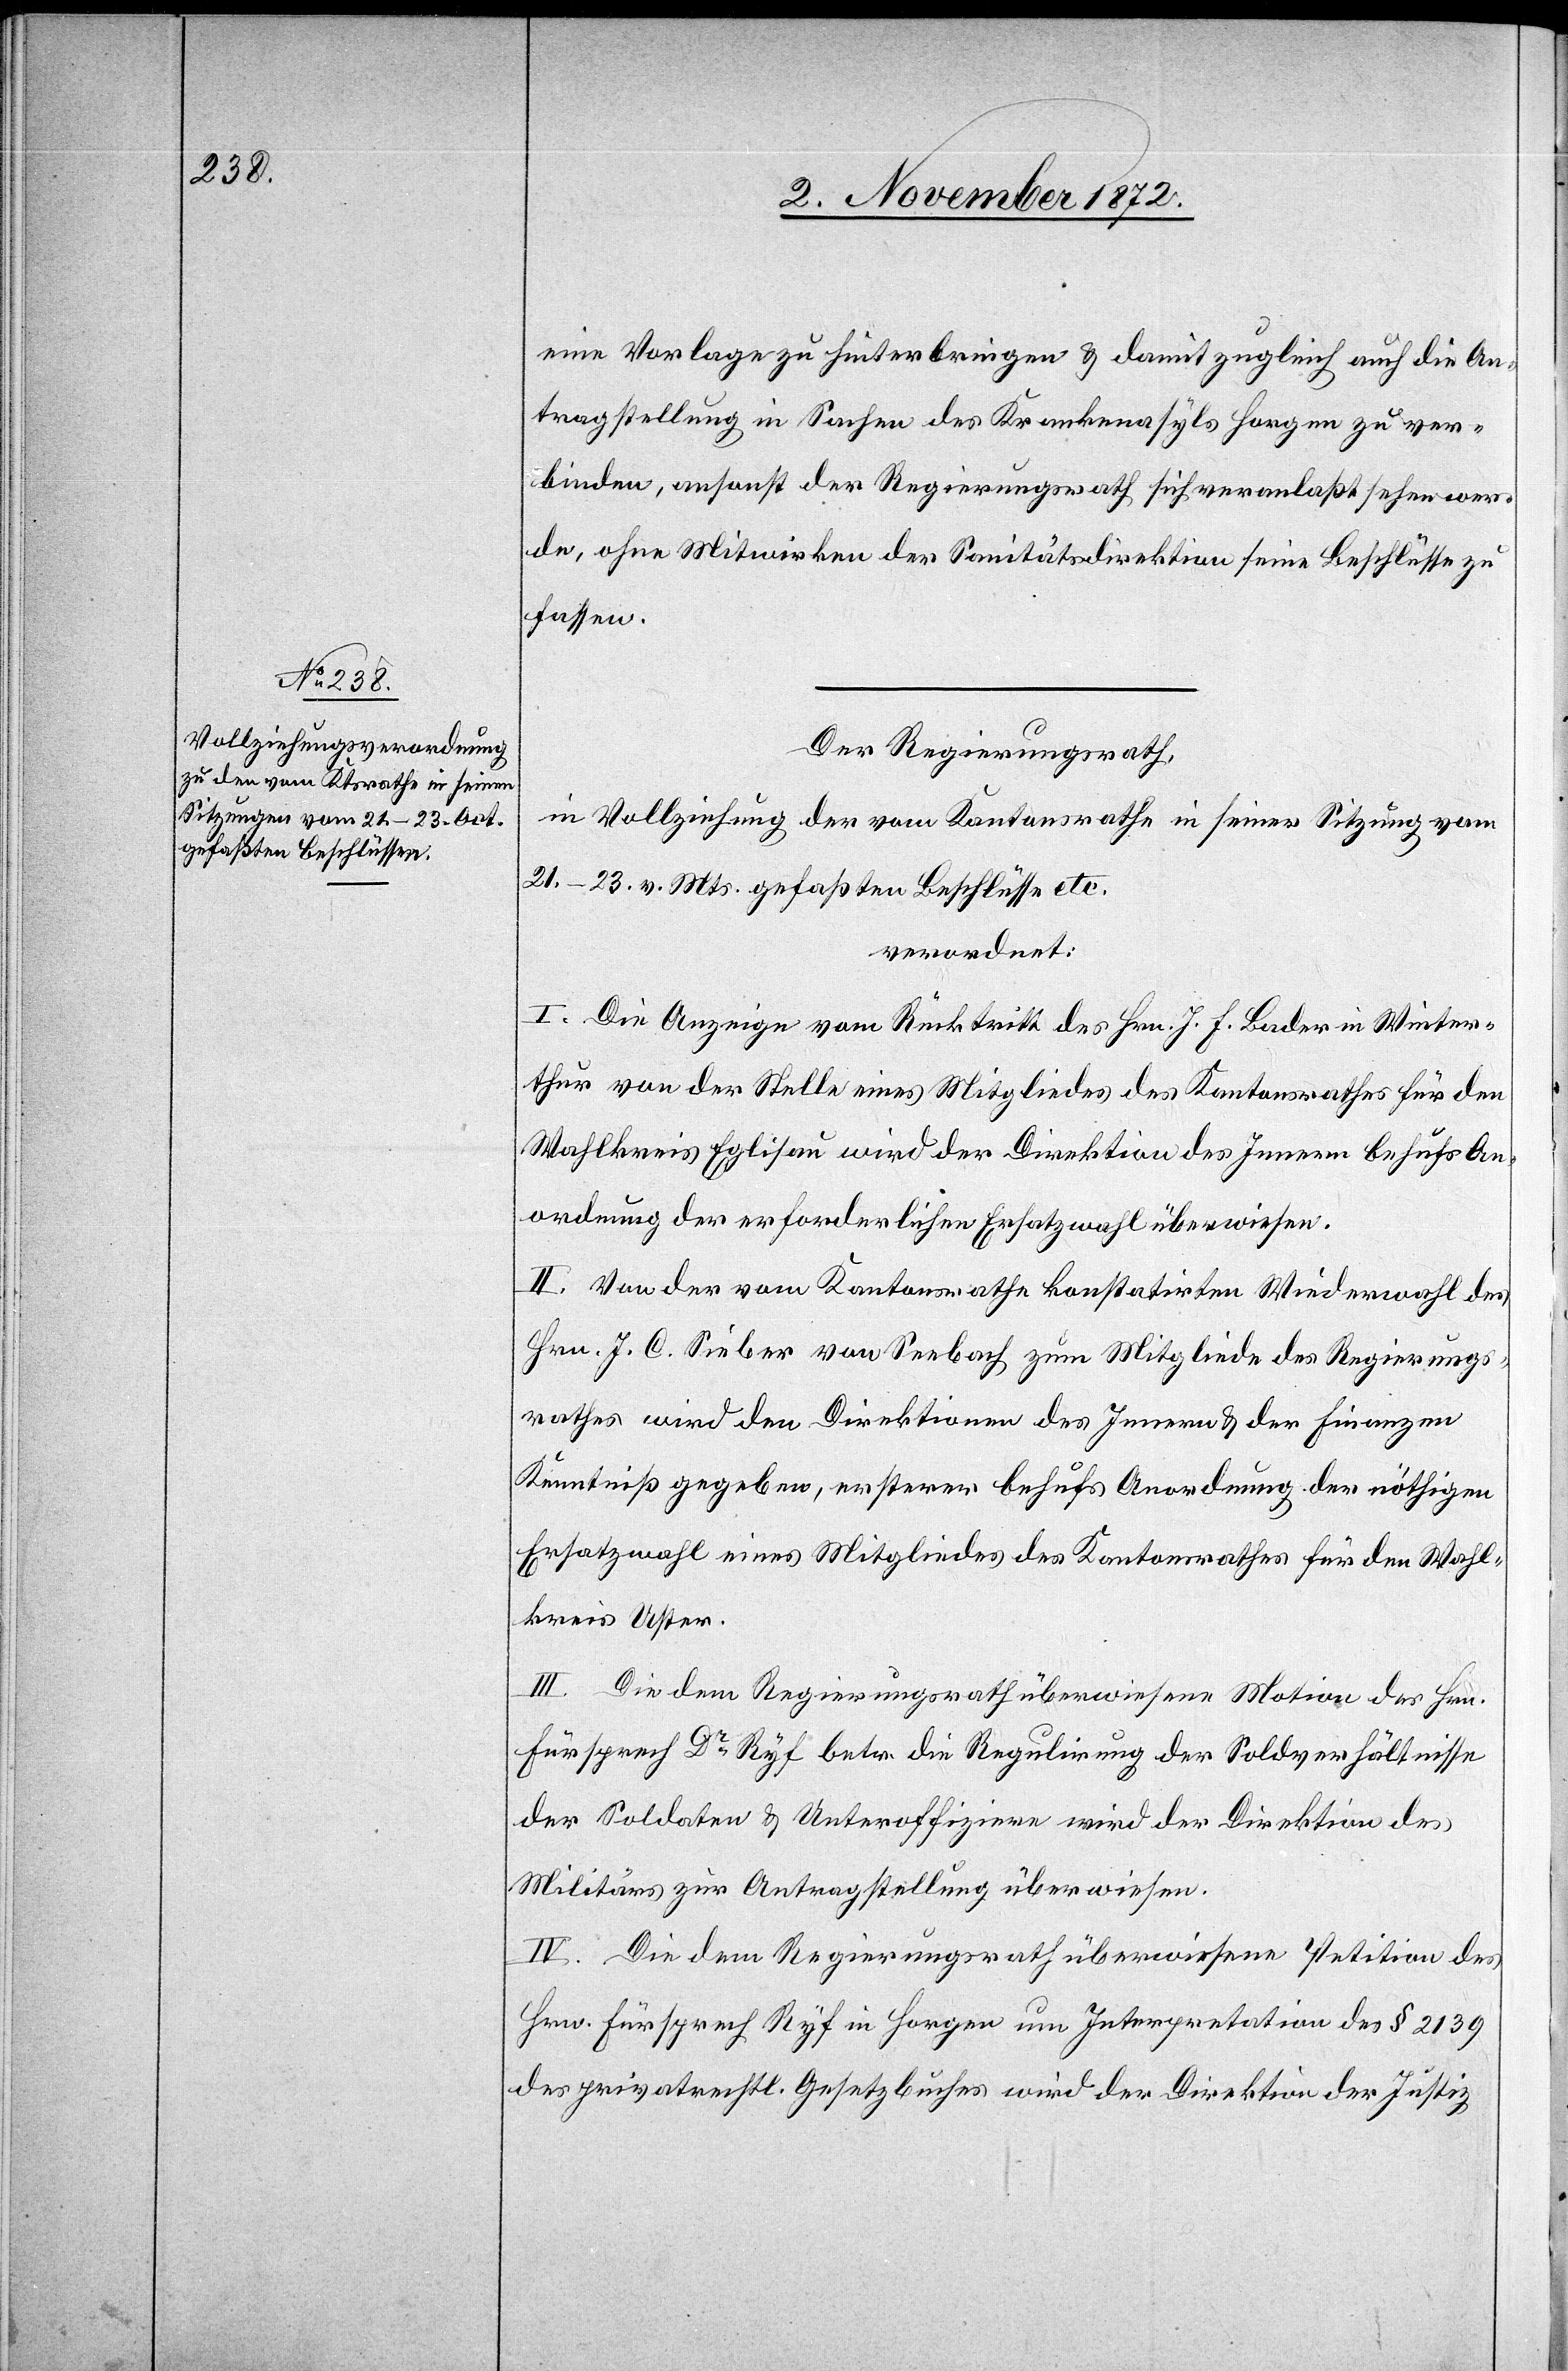
eine Vorlage zu hinterbringen u. damit zugleich auch die An¬
tragstellung in Sachen des Krankenasyls Horgen zu ver¬
binden, ansonst der Regierungsrath sich veranlaßt sehen wer¬
de, ohne Mitwirken der Sanitätsdirektion seine Beschlüsse zu
fassen.
Der Regierungsrath,
in Vollziehung der vom Kantonsrathe in seiner Sitzung vom
21.–23. v. Mts. gefaßten Beschlüsse etc.
verordnet:
I. Die Anzeige vom Rücktritt des Hrn. J. F. Bader in Winter¬
thur von der Stelle eines Mitgliedes des Kantonsrathes für den
Wahlkreis Eglisau wird der Direktion des Innern behufs An¬
ordnung der erforderlichen Ersatzwahl überwiesen.
II. Von der vom Kantonsrathe konstatirten Widerwahl des
Hrn. J. C. Sieber von Seebach zum Mitgliede des Regierungs¬
rathes wird den Direktionen des Innern u. der Finanzen
Kenntniß gegeben, ersterer behufs Anordnung der nöthigen
Ersatzwahl eines Mitgliedes des Kantonsrathes für den Wahl¬
kreis Uster.
III. Die dem Regierungsrath überwiesene Motion des Hrn.
Fürsprech Dr Ryf betr. die Regulirung der Soldverhältnisse
der Soldaten u. Unteroffiziere wird der Direktion des
Militärs zur Antragstellung überwiesen.
IV. Die dem Regierungsrath überwiesene Petition des
Hrn. Fürsprech Ryf in Horgen um Interpretation des § 2139
des privatrechtl. Gesetzbuches wird der Direktion der Justiz